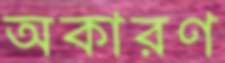
অকারণ